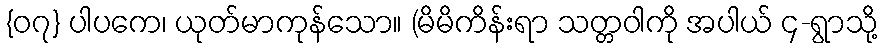
{၀၇} ပါပကေ၊ ယုတ်မာကုန်သော။ (မိမိကိန်းရာ သတ္တဝါကို အပါယ် ၄-ရွာသို့